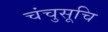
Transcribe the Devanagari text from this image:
चंचुसूचि